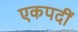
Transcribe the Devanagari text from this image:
एकपदीं